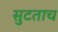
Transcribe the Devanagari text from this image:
सुटताच